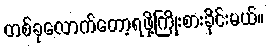
တစ်ခုလောက်တော့ရဖို့ကြိုးစားခိုင်းမယ်။